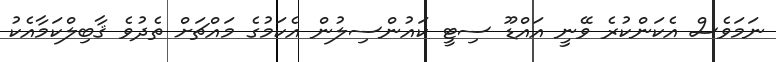
ނަމަވެސް އެކަންކުރެ ވޭނީ އައްޑޫ ސިޓީ ކައުންސިލުން އެކަމުގެ މައްޗަށް ތެދުވެ ޤާބިލްކަމާއެކު